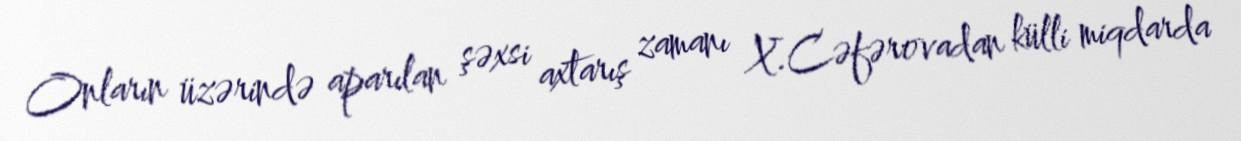
Onların üzərində aparılan şəxsi axtarış zamanı X.Cəfərovadan külli miqdarda